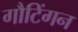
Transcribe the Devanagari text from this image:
गौटिंगन